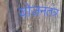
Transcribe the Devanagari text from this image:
योजनतंत्र